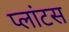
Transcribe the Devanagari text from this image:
प्लांटस